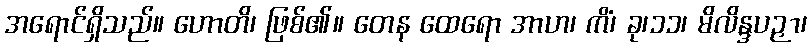
အရောင်ရှိသည်။ ဟောတိ၊ ဖြစ်၏။ တေန ထေရော အာဟ၊ ကိံ၊ ခု၊၁၁၊ မိလိန္ဒပဉှာ၊